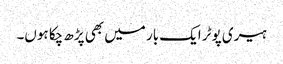
ہیری پوٹر ایک بار میں بھی پڑھ چکا ہوں۔